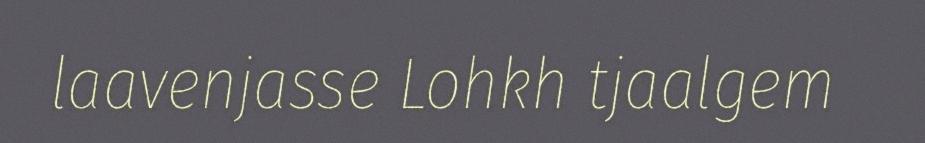
laavenjasse Lohkh tjaalgem